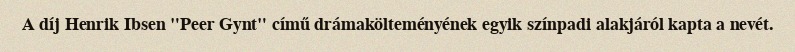
A díj Henrik Ibsen "Peer Gynt" című drámakölteményének egyik színpadi alakjáról kapta a nevét.